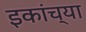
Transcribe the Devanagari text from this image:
इकांच्या